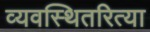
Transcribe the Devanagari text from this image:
व्यवस्थितरित्या